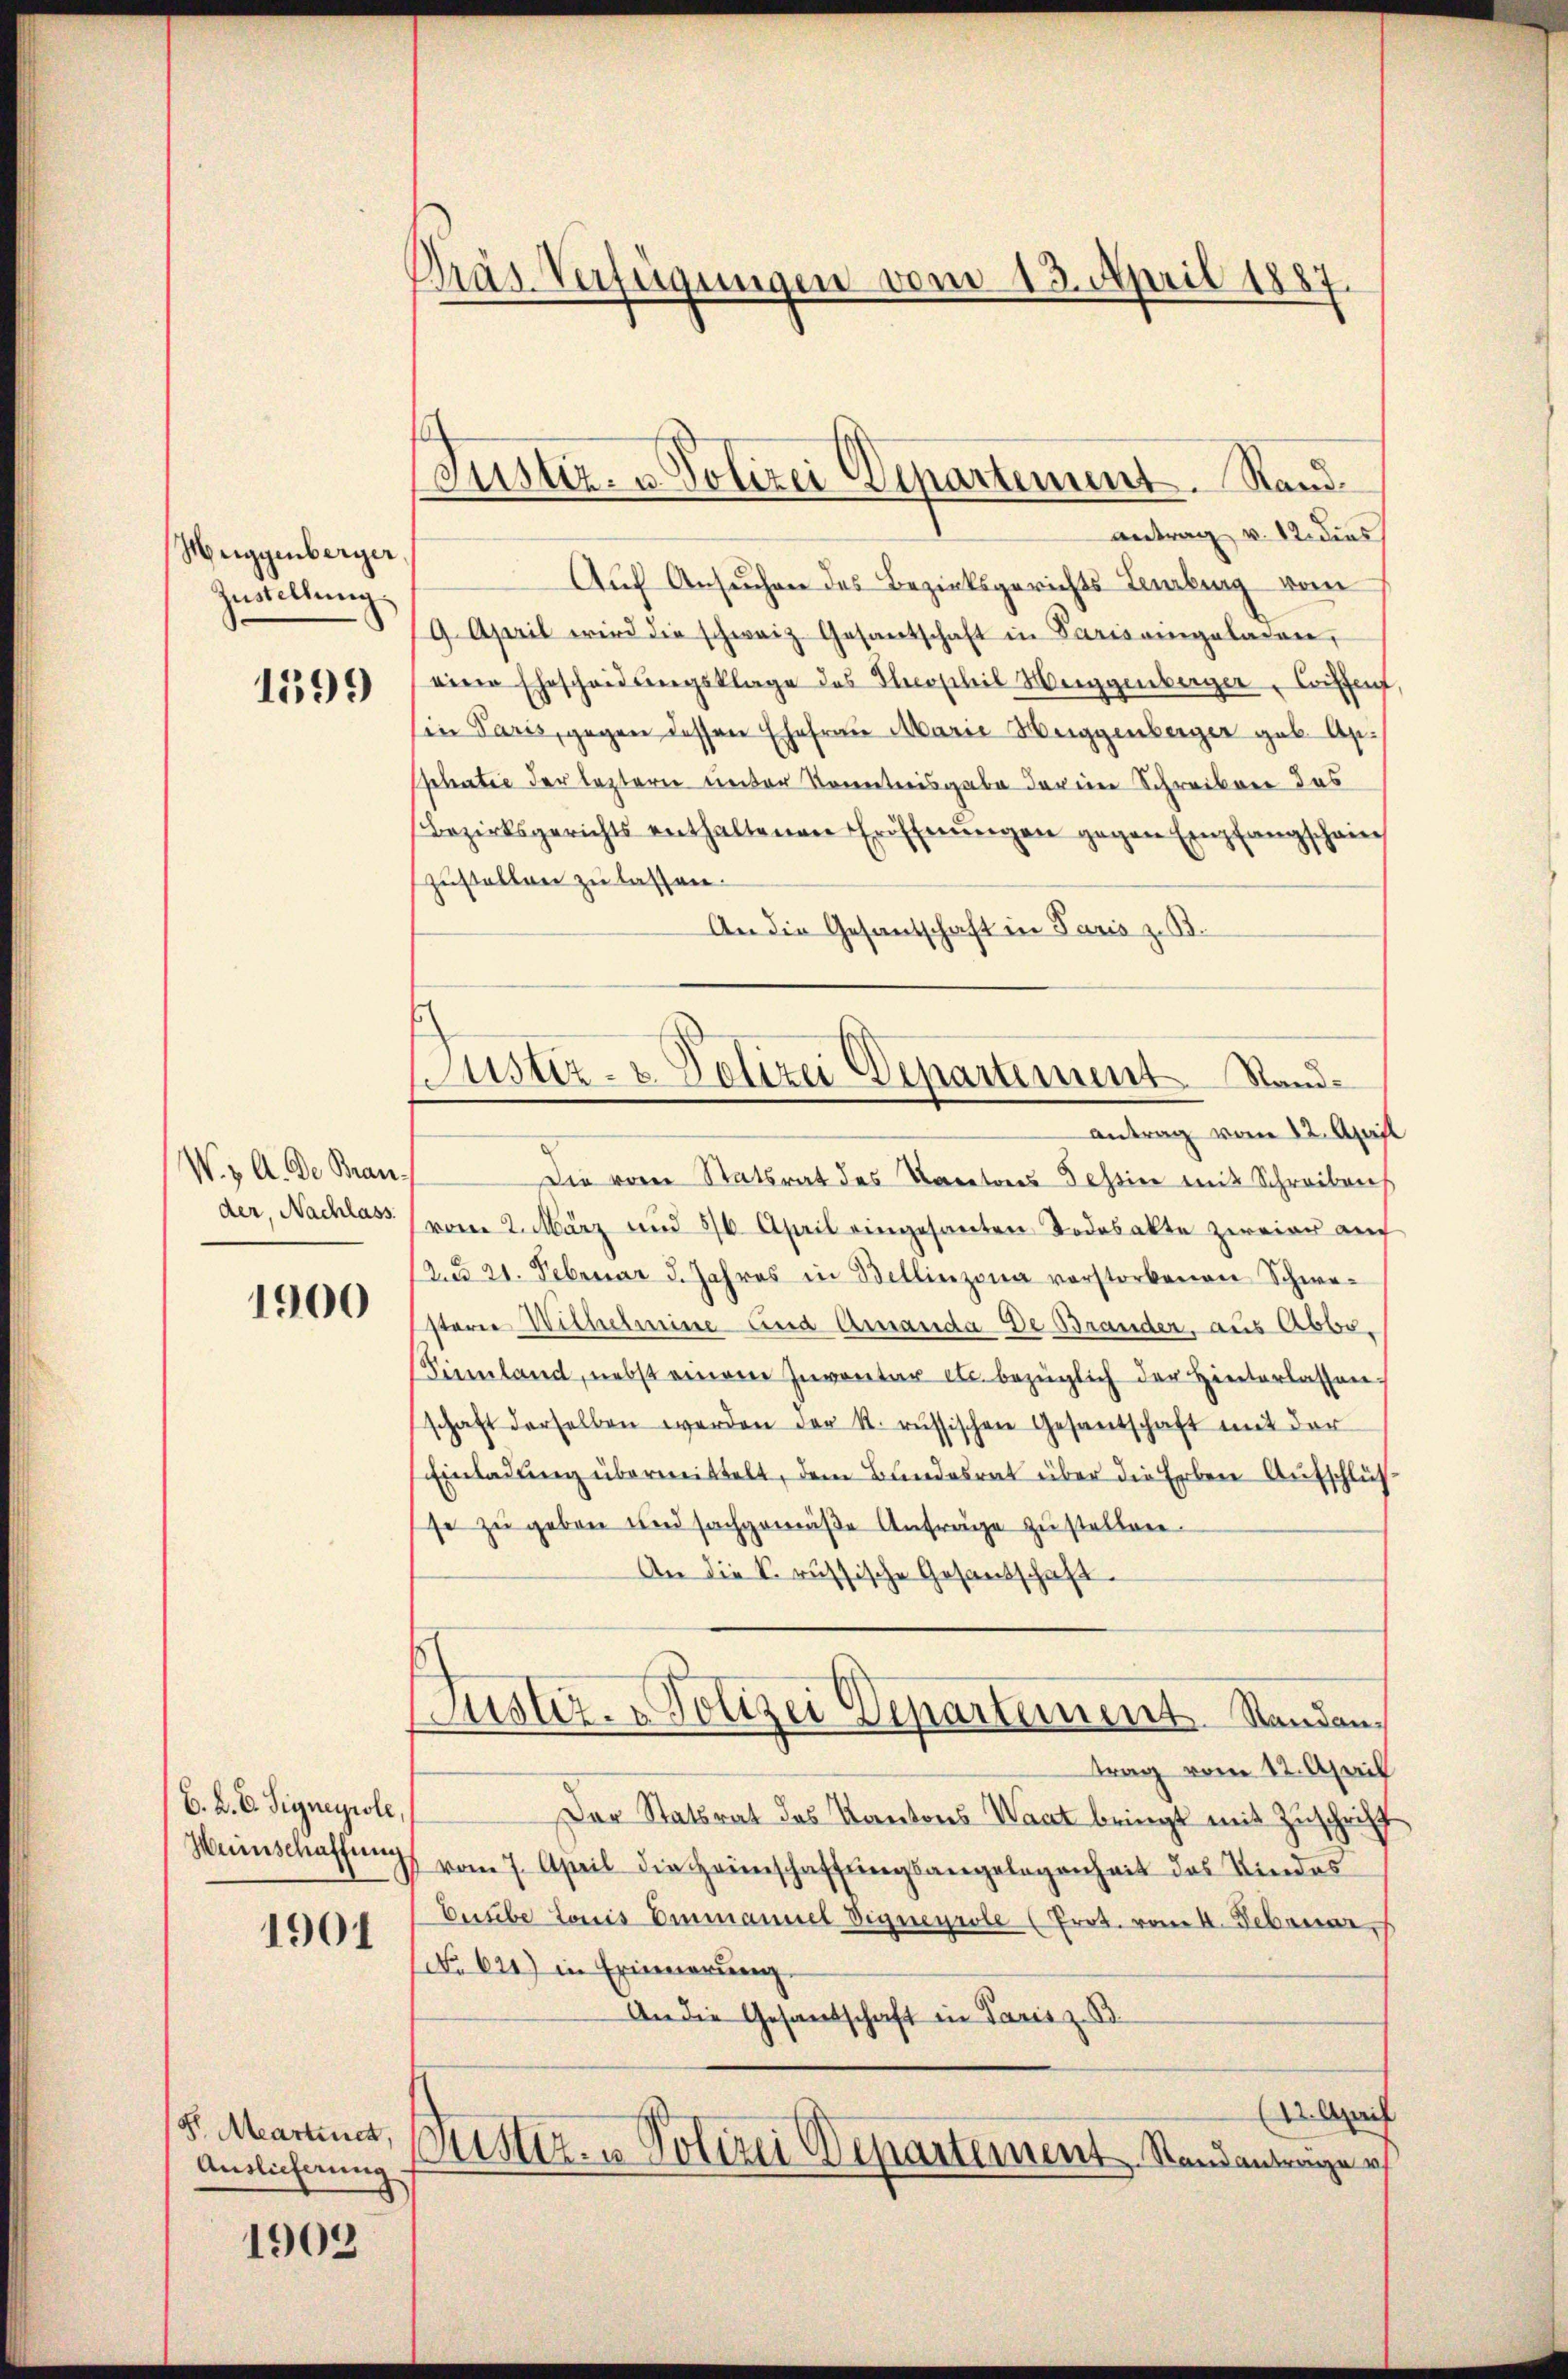
Heiggenberger
Zustellung
1599

W. 3. A. Der Bran.
der, Nachlass

1900

6. A. E. Signeyrole,
Weinschaffung

1901

gl. Martinet
Auslieferung

1903

Pras Verfügungen vom 13. April 1887

Justiz- u. Polizei Departement. Stand.

antrag v. M. dies
Auf Ansuchen des Bezirksgerichts- Labung vom
9. April wird die schweiz. Gesantschaft in Parisangeladen,
eine Ehescheidungsklage des Stroschil Weiggenberger, Coiffen,
Ein Paris, gegen dessen Ehefrau Marie Heiggenberger geb. Apshatie der leztern unter Kenntnisgabe deren Schreiben das
Bezirksgerichts enthaltenen Eröffnungen gegen Empfangschain
zustellen zu lassen.
An die Gesandschaft in Paris zu 3.
Die vom Statsrat des Kantons Tessin mit Schreibens
(vom 2. März und 576. April eingesanten Todesakte zweier auch
(au 21. Februar d. Jahres in Bellinzona vorstorbenen Schwe-
Estern Wilhelmine und Arranda De Brander, aus Abbo¬
Sinnland, nebst einem Inventar etc. bezüglich der Hinterlassen,
schaft derselben werden der k. russischen Gesantschaft mit der
Einladung übermittelt, dem Bundesrat über die Erben Aufschluß
se zu geben und sachgemäβe Anfrage zustellen.
An die k. russische Gesandschaft.
Justiz- & Polizei Departement. Standantrag vom 12. April
Der Statsrat des Kantons Waat bringt mit Zuschrift
vom 7. April die Heimschaffungsangelegenheit des Kindes¬
Eusebe Louis Einmanuel Vigneyrole (Prot. vom 4. Februar.
No 621.) in Erinnerung
An die Gesandschaft in Paris z. B.
(12. April
Justiz- u Polizei Departement. Standantrage r

Justiz- & Polizei Departement Stande
antrag vom 12. April